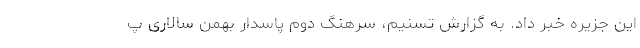
این جزیره خبر داد. به گزارش تسنیم، سرهنگ دوم پاسدار بهمن سالاری پ